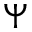
\Psi